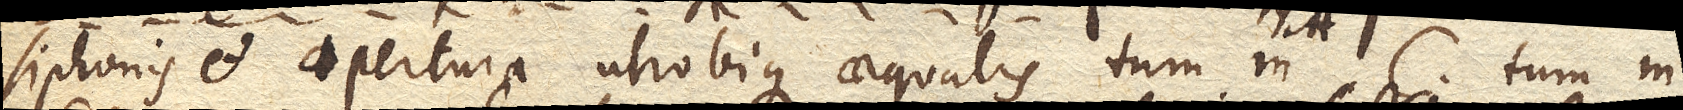
siphonis et apertura utrobique aequalis tum in C. tum in